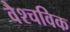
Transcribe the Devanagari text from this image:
वैश्चविक